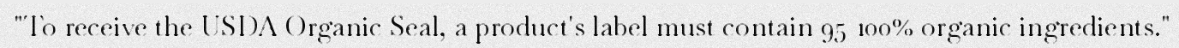
"To receive the USDA Organic Seal, a product's label must contain 95-100% organic ingredients."